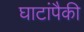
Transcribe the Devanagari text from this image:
घाटांपैकी